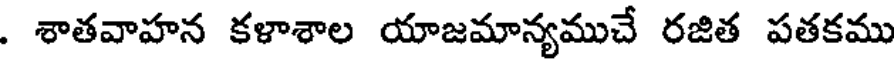
. శాతవాహన కళాశాల యాజమాన్యముచే రజిత పతకము